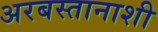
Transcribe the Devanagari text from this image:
अरबस्तानाशी